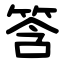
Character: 筨